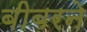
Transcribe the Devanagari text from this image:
बीबरने